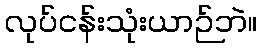
လုပ်ငန်းသုံးယာဉ်ဘဲ။